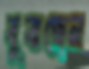
বুঝচ্ছেন